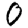
Digit: 0